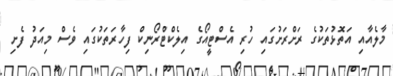
މާލެއާއި އަތޮޅުތަކުގެ ރަށްރަށުގައި ހުރި އެސްޓީއޯގެ އިލެކްޓްރޯނިކް ފިހާރަތަކުގައި ވެސް މިއަދު ފެށި